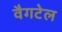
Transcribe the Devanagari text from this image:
वैगटेल